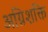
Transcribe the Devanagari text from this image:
अग्निशक्ति